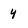
Character: y